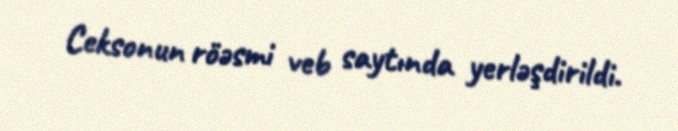
Ceksonun röəsmi veb saytında yerləşdirildi.